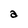
Character: a